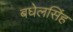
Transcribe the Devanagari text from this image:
बघेलसिंह